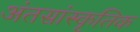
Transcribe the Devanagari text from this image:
अंतसांस्कृतिक